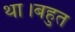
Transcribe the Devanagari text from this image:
था।बहुत